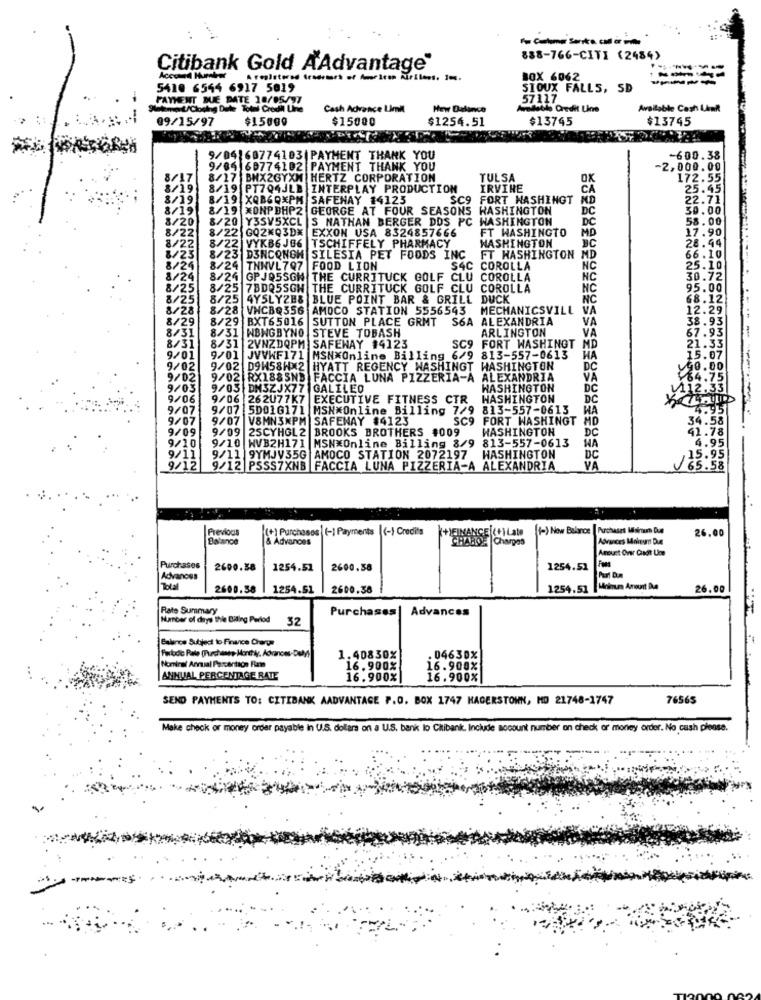
A column senta cal oria
888-766-CITI (2484)
Citibank Gold AAdvantage"
Accoma Murderer
BOX 6062
5418 6544 6917 5019
SIOUX FALLS, SD
57117
PAYMENT DUE DATE 18/05/17
Cash Advance Limit
New Balance
Available Credit Line
Available Cash LAmit
09/15/97
$15000
$15000
$1254.51
$13745
$13745
9/04160774103 |PAYMENT THANK YOU
-600.38
9/84 60774102 PAYMENT THANK YOU
-2,000.00
8/17
8/17 BMX2GYXM HERTZ CORPORATION
TULSA
172.55
8/19
8/19
PT7Q4JLB INTERPLAY PRODUCTION
IRVINE
CA
25.45
8/19
8/19 X0860XPM SAFENAY 14123
SC9
FORT HASHINGT
ND
22.71
8/19
8/19 XONPBHP2 GEORGE AT FOUR SEASONS WASHINGTON
DC
30.00
8/20
8/20 Y3SV5XCL S NATHAN BERGER DDS PC WASHINGTON
DC
58.00
8/22 8/22 GQ2₭Q3DX EXXON USA 8324857666
FT WASHINGTO
17.90
WASHINGTON
MD
28.441
8/22
8/22 VYKB6 JE6 |TSCHIFFELY PHARMACY
8/23
8/23 DINCONGH SILESIA PET FOODS INC
FT WASHINGTON MD
66.10
8/26
8/24 THNVL797 FOOD LION
S4C COROLLA
NC
25.10
8/24
8/24 |GPJQ5SGH THE CURRITUCK GOLF CLU
COROLLA
NC
30.72
8/25
8/25 7BDQ5SGH THE CURRITUCK GOLF CLU COROLLA
NC
95.00
8/25
8/25 4Y5LYZE&
BLUE POINT BAR & GRILL DUCK
NC
68.12
8/28
8/28 VHCBQ356
AMOCO STATION 5556543
MECHANICSVILL
VA
12
12.29
8/29
8/29 BXT65016 |SUTTON PLACE GRMT
S6A ALEXANDRIA
VA
38.93
8/31
WBHGBYNO STEVE TOBASH
ARLINGTON
VA
8/3
8/31
8/31 2VNZDQPM SAFEWAY 14123
SC9 FORT WASHINGT MI
9/01
9/01
JVVWF171 |MSN*Online Billing 6/9 813-557-0613
HA
9/02
9/02 D9H58WX2 HYATT REGENCY WASHINGT WASHINGTON
DC
9/02
9/02
RX1885ND FACCIA LUNA PIZZERIA-A
ALEXANDRIA
VA
9/03
9/05 DM3ZJX77
GALILEO
WASHINGTON
DC
9/06
9/06 262077K7
EXECUTIVE FITNESS CTR
WASHINGTON
DC
9/07
9/07 5D016171 MSN*Online Billing 7/9 813-557-0613
WA
9/07
9/07 V8MN3XPM SAFEWAY #4123
SC9
FORT WASHINGT MD
9/09
9/09 25CYHGL 2
BROOKS BROTHERS #009
WASHINGTON
DC
813-557-0613
WA
9/10
9/10 WVB2H171
MSN*Online Billing 8/9
WASHINGTON
9/11
9/11 9YMJV35G AMOCO STATION 2072197
DC
9/12
9/12 PSSS7XNB FACCIA LUNA PIZZERIA-A ALEXANDRIA
VA
65.
Previous
(+) Purchases [-] Payments (-1 Credits
ECCILate
(-) Now Balance
Purchases Miskunn Due
26,00
Balance
& Advances
Charges
Advances Mourn Due
Amust Over Cundt Une
Purchases
2600.38
1254.51
2600.38
1254.51
Advances
Part D.m
2600.58
1254.51
2600.38
1254.51
Minimum Amount Due
26.00
Rate Summary
Purchases | Advances
Mancer of days While Billing Period 32
Balance Subject to Finance Charge
1.40830%
.04630%
Nominal Annual Percentson Fiat
16.900%
16.900%
ANNUAL PERCENTAGE RATE
16.900%
16.900%
SEND PAYMENTS TO: CITIBANK AADVANTAGE P.O. BOX 1747 HAGERSTOWN, MO 21748-1747
76565
Make check or money order payable in U.S. dollars on a U.S. bank lo Citibank, Include account number on check or money order. No cash please.